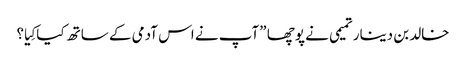
خالد بن دینار تمیمی نے پوچھا ”آپ نے اس آدمی کے ساتھ کیا کِیا؟